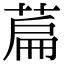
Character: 萹